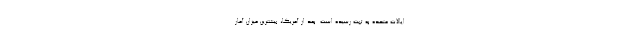
ایالات متحده به ثبت رسیده است. بعد از آمریکا، بیشترین میزان آمار